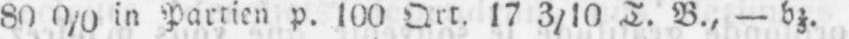
800/0 in Partien p. 100 Qrt. 17 3/10 T. B., - bz.